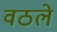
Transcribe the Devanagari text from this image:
वठले